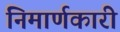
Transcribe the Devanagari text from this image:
निमार्णकारी